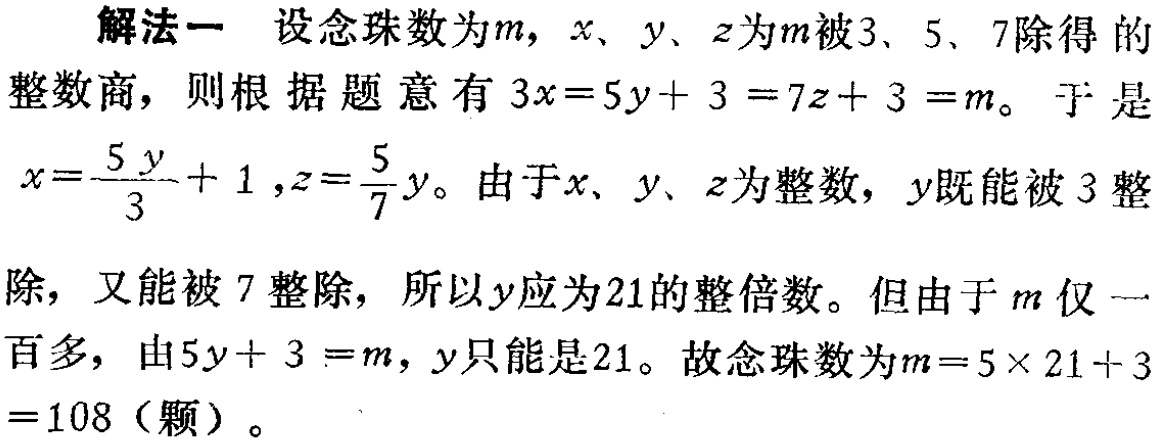
解法一 设念珠数为\(m\)，\(x\)、\(y\)、\(z\)为\(m\)被\(3\)、\(5\)、\(7\)除得的整数商，则根据题意有\(3x = 5y + 3 = 7z + 3 = m\)。于是\(x=\frac{5y}{3}+1\)，\(z = \frac{5}{7}y\)。由于\(x\)、\(y\)、\(z\)为整数，\(y\)既能被\(3\)整除，又能被\(7\)整除，所以\(y\)应为\(21\)的整倍数。但由于\(m\)仅一百多，由\(5y + 3 = m\)，\(y\)只能是\(21\)。故念珠数为\(m = 5\times21 + 3=108\)（颗）。